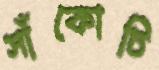
সাঁকোটি